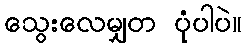
သွေးလေမျှတ ပုံပါပဲ။